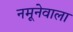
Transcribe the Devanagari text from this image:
नमूनेवाला